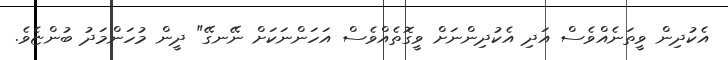
އެކުދިން ވީތަނެއްވެސް އަދި އެކުދިންނަށް ވީގޮތެއްވެސް އަހަންނަކަށް ނޭނގޭ" ދީން މުހަންމަދު ބުންޏެވެ.